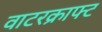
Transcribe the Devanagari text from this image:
वाटरक्राफ्ट